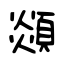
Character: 顃